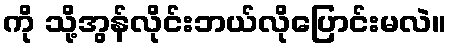
ကို သို့အွန်လိုင်းဘယ်လိုပြောင်းမလဲ။